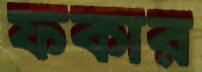
ফকার